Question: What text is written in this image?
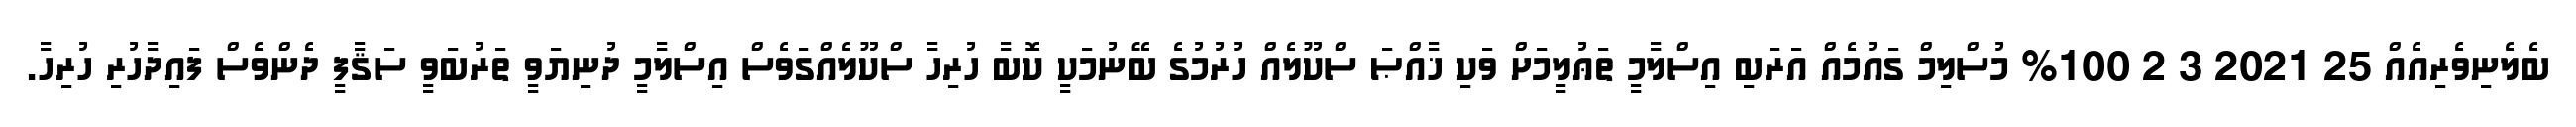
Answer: ބެލެނިވެރިއެއް 25 2021 3 2 100% މުސްލިމް ގައުމެއް އަރަބި އިސްލާމީ ތަޢުލީމަށް ވަކި ޚާއްޞަ ސްކޫލެއް ހުރުމުގެ ބޭނުމަކީ ކޮބާ ހުރިހާ ސްކޫލެއްގަވެސް އިސްލާމީ ދުނިޔަވީ ތަރުބަވީ ސަޤާފީ ދެންވެސް ފައިދާހުރި ހުރިހާ.